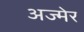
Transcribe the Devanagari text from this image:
अज्मेर